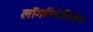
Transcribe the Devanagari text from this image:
लॉगरिथेमिशेन